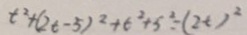
t ^ { 2 } + ( 2 t - 5 ) ^ { 2 } + 6 ^ { 2 } + 5 ^ { 2 } = ( 2 t ) ^ { 2 }